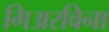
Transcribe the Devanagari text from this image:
गिअरविना